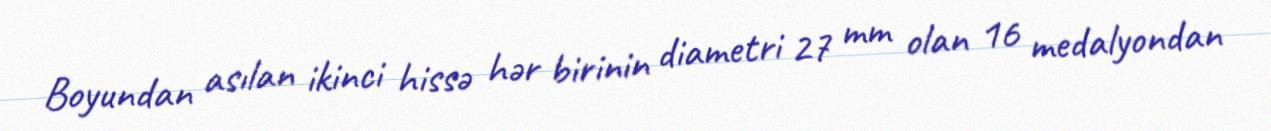
Boyundan asılan ikinci hissə hər birinin diametri 27 mm olan 16 medalyondan